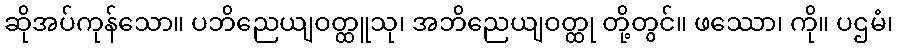
ဆိုအပ်ကုန်သော။ ပဘိညေယျဝတ္ထူသု၊ အဘိညေယျဝတ္ထု တို့တွင်။ ဖဿော၊ ကို။ ပဌမံ၊